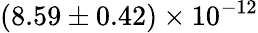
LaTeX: (8.59\pm 0.42)\times 10^{-12}